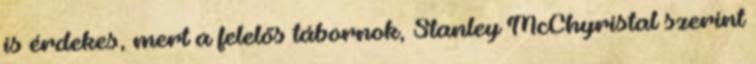
is érdekes, mert a felelős tábornok, Stanley McChyristal szerint